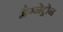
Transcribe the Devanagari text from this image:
मैग्नेट्रोन